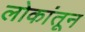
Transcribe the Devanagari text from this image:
लोकांतून